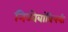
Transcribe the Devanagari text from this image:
निळोबांविषयी